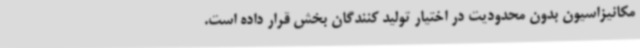
مکانیزاسیون بدون محدودیت در اختیار تولید کنندگان بخش قرار داده است.